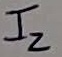
Text: I2